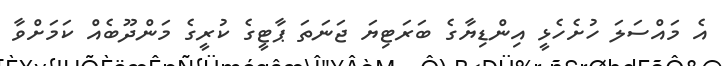
އެ މައްސަލަ ހުށެހެޅީ އިންޑިޔާގެ ބަރަޓިޔަ ޖަނަތަ ޕާޓީގެ ކުރީގެ މަންދޫބެއް ކަމަށްވާ